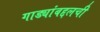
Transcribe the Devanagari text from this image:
गाड्यांबद्दलची